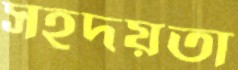
সহূদয়তা